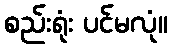
စည်းရုံး ပင်မလုံ။